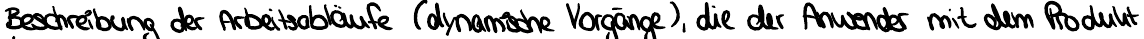
Beschreibung der Arbeitsabläufe (dynamische Vorgänge), die der Anwender mit dem Produkt